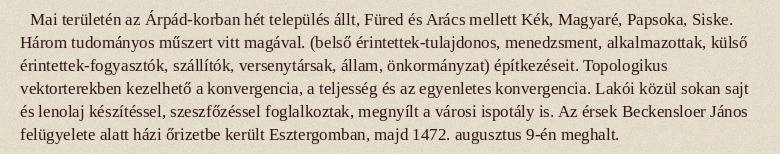
Mai területén az Árpád-korban hét település állt, Füred és Arács mellett Kék, Magyaré, Papsoka, Siske. Három tudományos műszert vitt magával. (belső érintettek-tulajdonos, menedzsment, alkalmazottak, külső érintettek-fogyasztók, szállítók, versenytársak, állam, önkormányzat) építkezéseit. Topologikus vektorterekben kezelhető a konvergencia, a teljesség és az egyenletes konvergencia. Lakói közül sokan sajt és lenolaj készítéssel, szeszfőzéssel foglalkoztak, megnyílt a városi ispotály is. Az érsek Beckensloer János felügyelete alatt házi őrizetbe került Esztergomban, majd 1472. augusztus 9-én meghalt.